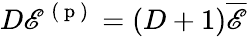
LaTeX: D\mathscr{E}^{\mathrm{~(~p~)~}}=(D+1)\overline{{\mathscr{E}}}